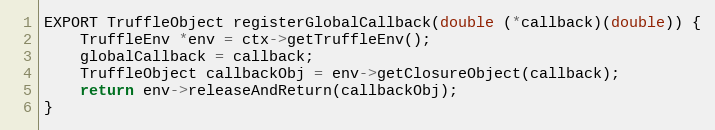
Language: C++
EXPORT TruffleObject registerGlobalCallback(double (*callback)(double)) {
    TruffleEnv *env = ctx->getTruffleEnv();
    globalCallback = callback;
    TruffleObject callbackObj = env->getClosureObject(callback);
    return env->releaseAndReturn(callbackObj);
}